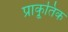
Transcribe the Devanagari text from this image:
प्राकृ्तिक